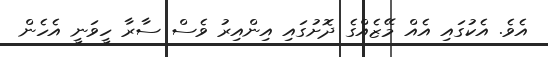
އެވެ. އެކުގައި އެއް މޭޒެއްގެ ދޮށުގައި އިންއިރު ވެސް ސާރާ ހީވަނީ އެހެން